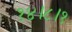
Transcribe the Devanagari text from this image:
१४।८।१